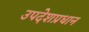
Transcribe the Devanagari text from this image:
उपदेशप्रधान